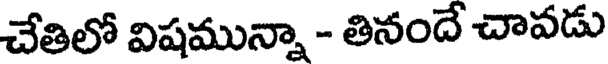
చేతిలో విషమున్నా - తినందే చావడు